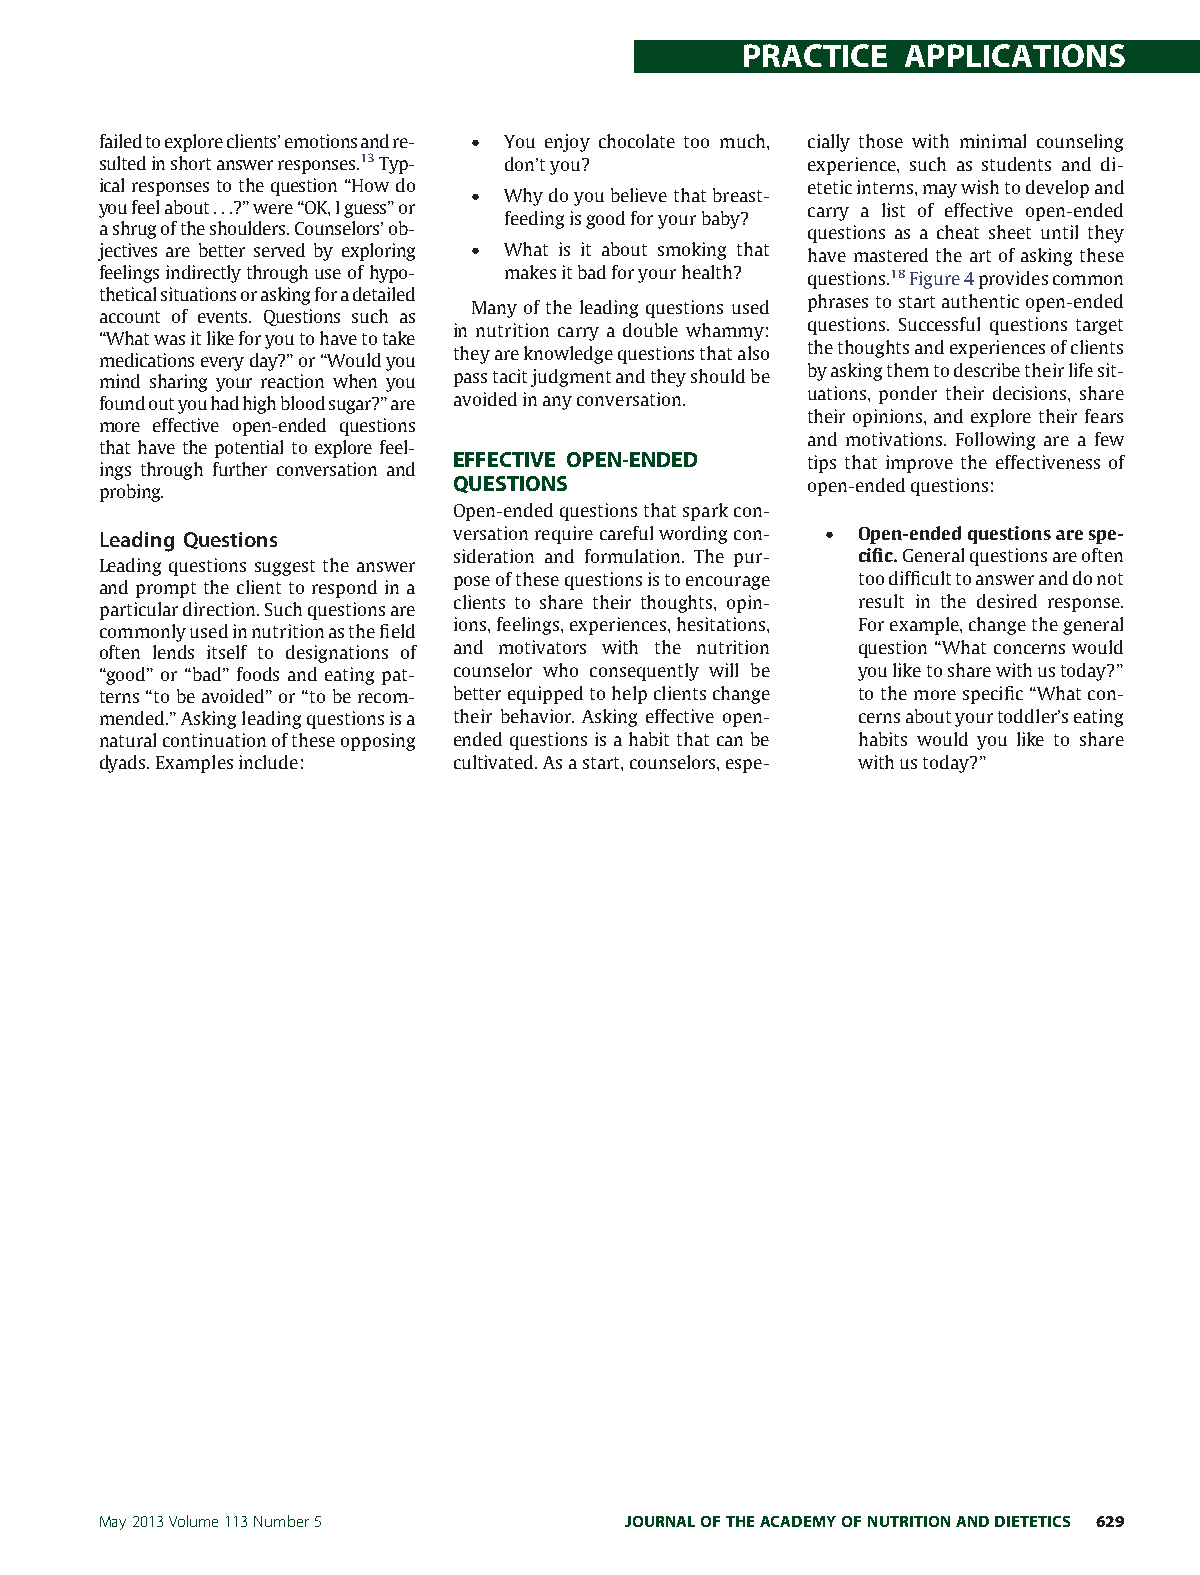
PRACTICE   APPLICATIONS
 failedtoexploreclients’emotionsandre- • You enjoy chocolate too much, cially those with minimal counseling
 sultedinshortanswerresponses.13Typ- don’tyou?  experience, such as students and di-
 icalresponsestothequestion“Howdo • Whydoyoubelievethatbreast- eteticinterns,maywishtodevelopand
 youfeelabout...?”were“OK,Iguess”or             carry a list of effective open-ended
 feedingisgoodforyourbaby?
 ashrugoftheshoulders.Counselors’ob-            questions as a cheat sheet until they
 jectives are better served by exploring • What is it about smoking that have mastered the art of asking these
 feelingsindirectlythroughuseofhypo- makesitbadforyourhealth? questions.18Figure4providescommon
 theticalsituationsoraskingforadetailed
 Many of the leading questions used phrasestostartauthenticopen-ended
 account of events. Questions such as
 in nutrition carry a double whammy: questions. Successful questions target
 “Whatwasitlikeforyoutohavetotake
 theyareknowledgequestionsthatalso thethoughtsandexperiencesofclients
 medicationseveryday?”or“Wouldyou
 mind sharing your reaction when you passtacitjudgmentandtheyshouldbe byaskingthemtodescribetheirlifesit-
 foundoutyouhadhighbloodsugar?”are avoidedinanyconversation. uations, ponder their decisions, share
 their opinions, and explore their fears
 more effective open-ended questions
 and motivations. Following are a few
 that have the potential to explore feel-
 EFFECTIVE OPEN-ENDED   tips that improve the effectiveness of
 ings through further conversation and
 probing.                QUESTIONS              open-endedquestions:
 Open-endedquestionsthatsparkcon-
 Leading Questions       versationrequirecarefulwordingcon- • Open-endedquestionsarespe-
 sideration and formulation. The pur- cific.Generalquestionsareoften
 Leading questions suggest the answer
 poseofthesequestionsistoencourage toodifficulttoansweranddonot
 and prompt the client to respond in a
 clients to share their thoughts, opin- result in the desired response.
 particulardirection.Suchquestionsare
 commonlyusedinnutritionasthefield ions,feelings,experiences,hesitations, Forexample,changethegeneral
 often lends itself to designations of and motivators with the nutrition question“Whatconcernswould
 “good” or “bad” foods and eating pat- counselor who consequently will be youliketosharewithustoday?”
 terns“tobeavoided”or“toberecom- betterequippedtohelpclientschange tothemorespecific“Whatcon-
 mended.”Askingleadingquestionsisa their behavior. Asking effective open- cernsaboutyourtoddler’seating
 naturalcontinuationoftheseopposing endedquestionsisahabitthatcanbe habits would you like to share
 dyads.Examplesinclude:  cultivated.Asastart,counselors,espe- withustoday?”
 May2013Volume113Number5            JOURNALOFTHEACADEMYOFNUTRITIONANDDIETETICS 629